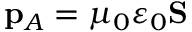
\mathbf { p } _ { A } = \mu _ { 0 } \varepsilon _ { 0 } \mathbf { S }